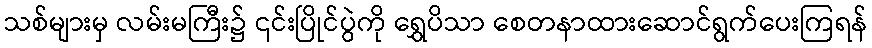
သစ်များမှ လမ်းမကြီး၌ ၎င်းပြိုင်ပွဲကို ရွှေပိသာ စေတနာထားဆောင်ရွက်ပေးကြရန်